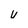
Character: u